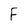
Character: F